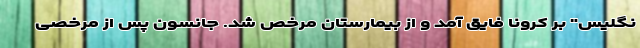
نگلیس" بر کرونا فایق آمد و از بیمارستان مرخص شد. جانسون پس از مرخصی